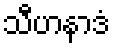
သီဟနာဒံ